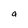
Character: a